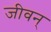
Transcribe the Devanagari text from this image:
जीवन्